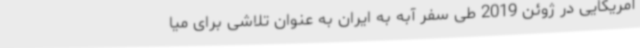
آمریکایی در ژوئن 2019 طی سفر آبه به ایران به عنوان تلاشی برای میا